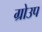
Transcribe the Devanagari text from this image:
ग्रोउप